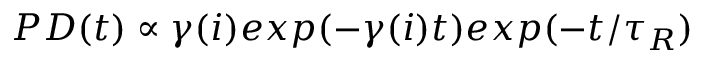
P D ( t ) \propto \gamma ( i ) e x p ( - \gamma ( i ) t ) e x p ( - t / \tau _ { R } )